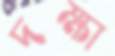
দক্ষা